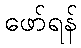
ဖော်ရန်